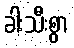
ခါးသီးစွာ